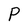
Character: P